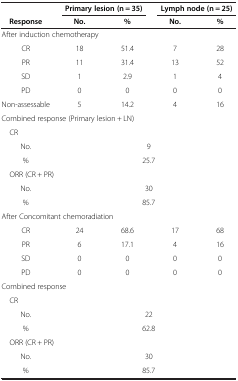
|  | <COLSPAN=2> Primary lesion (n = 35) | <COLSPAN=2> Lymph node (n = 25) |
 | Response | No. | % | No. | % |
 | --- | --- | --- | --- | --- |
 | After induction chemotherapy |  |  |  |  |
 | CR | 18 | 51.4 | 7 | 28 |
 | PR | 11 | 31.4 | 13 | 52 |
 | SD | 1 | 2.9 | 1 | 4 |
 | PD | 0 | 0 | 0 | 0 |
 | Non-assessable | 5 | 14.2 | 4 | 16 |
 | Combined response (Primary lesion + LN) |  |  |  |  |
 | CR |  |  |  |  |
 | No. | <COLSPAN=4> 9 |
 | % | <COLSPAN=4> 25.7 |
 | ORR (CR + PR) |  |  |  |  |
 | No. | <COLSPAN=4> 30 |
 | % | <COLSPAN=4> 85.7 |
 | After Concomitant chemoradiation |  |  |  |  |
 | CR | 24 | 68.6 | 17 | 68 |
 | PR | 6 | 17.1 | 4 | 16 |
 | SD | 0 | 0 | 0 | 0 |
 | PD | 0 | 0 | 0 | 0 |
 | Combined response |  |  |  |  |
 | CR |  |  |  |  |
 | No. | <COLSPAN=4> 22 |
 | % | <COLSPAN=4> 62.8 |
 | ORR (CR + PR) |  |  |  |  |
 | No. | <COLSPAN=4> 30 |
 | % | <COLSPAN=4> 85.7 |